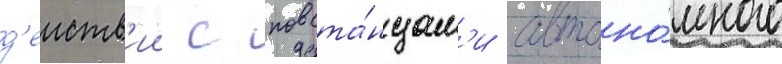
д'еиств'ии с повста́нцам'и автоно́много